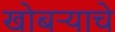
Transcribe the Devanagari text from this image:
खोबऱ्याचे